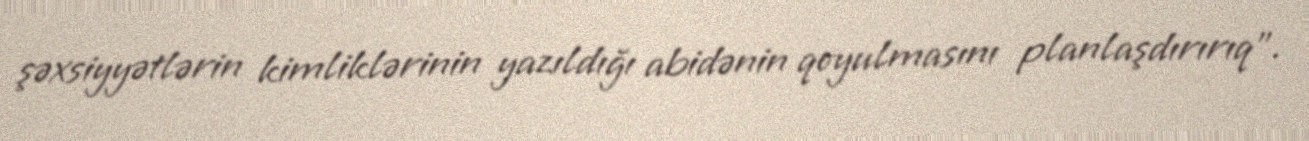
şəxsiyyətlərin kimliklərinin yazıldığı abidənin qoyulmasını planlaşdırırıq".